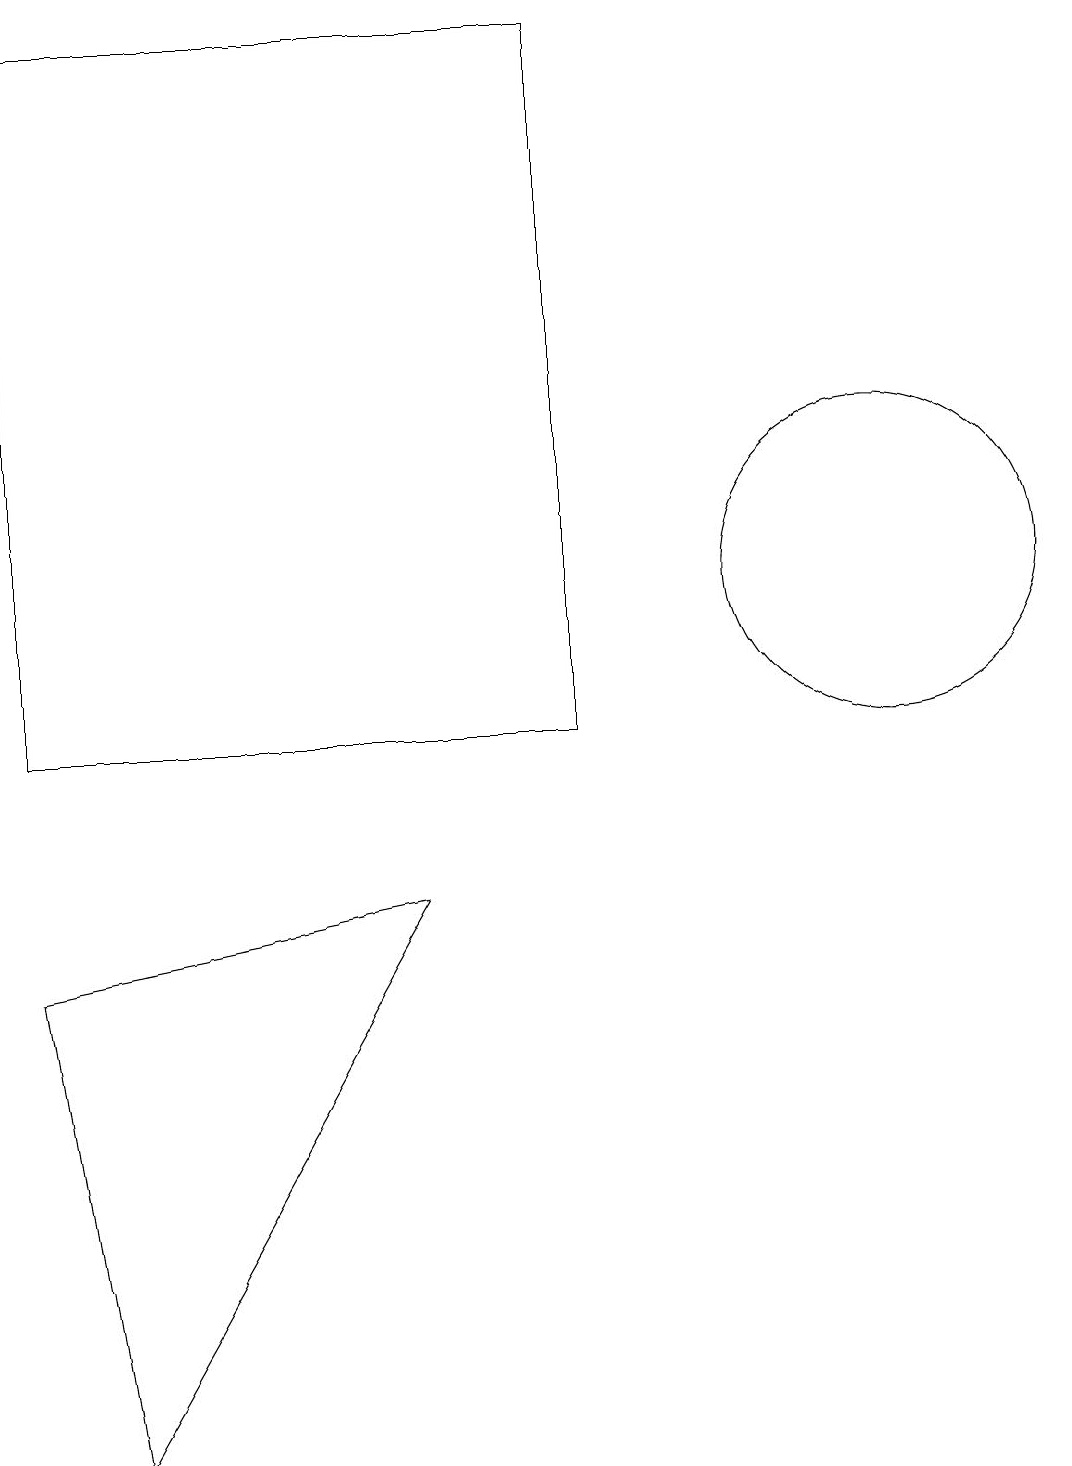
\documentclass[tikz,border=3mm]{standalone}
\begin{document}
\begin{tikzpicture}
\draw (10,11) circle (0);
\draw (1,10) rectangle (8,19);
\draw (12,12) circle (2);
\draw (2,1) -- (6,8) -- (1,7) -- cycle;
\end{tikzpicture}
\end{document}